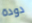
دودة